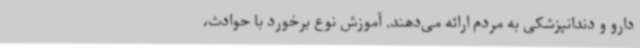
دارو و دندانپزشکی به مردم ارائه می‌دهند. آموزش نوع برخورد با حوادث،